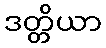
ဒတ္တိယာ